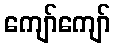
ကျော်ကျော်